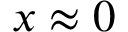
x \approx 0